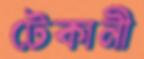
টেকানী